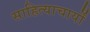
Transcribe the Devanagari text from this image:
साहित्याचार्यों